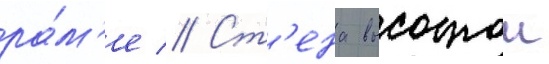
ра́м'е // Ст'ена высотои